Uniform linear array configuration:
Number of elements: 8
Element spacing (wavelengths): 0.75
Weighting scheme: binomial
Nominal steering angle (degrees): -60
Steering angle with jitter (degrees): -60.651
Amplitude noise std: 0.05
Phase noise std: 0.05

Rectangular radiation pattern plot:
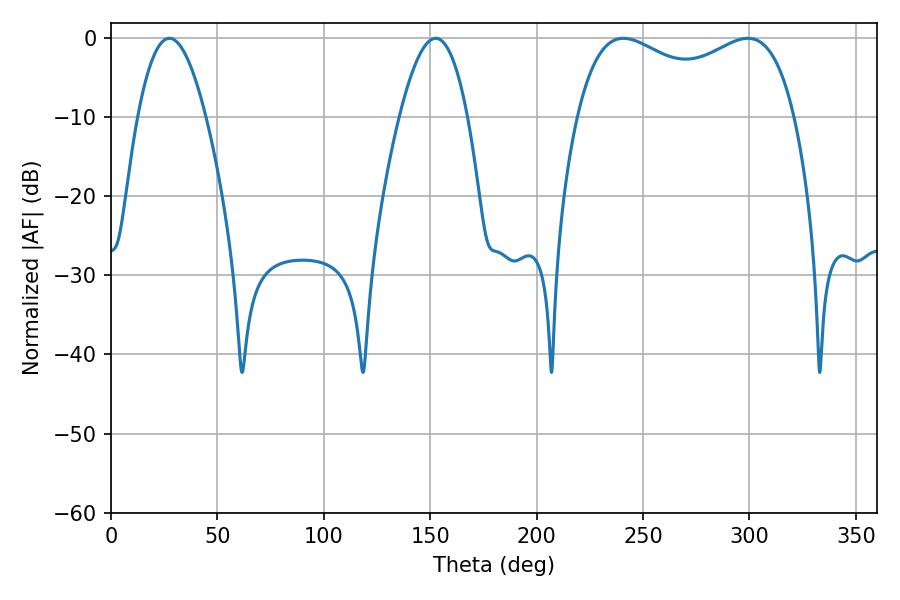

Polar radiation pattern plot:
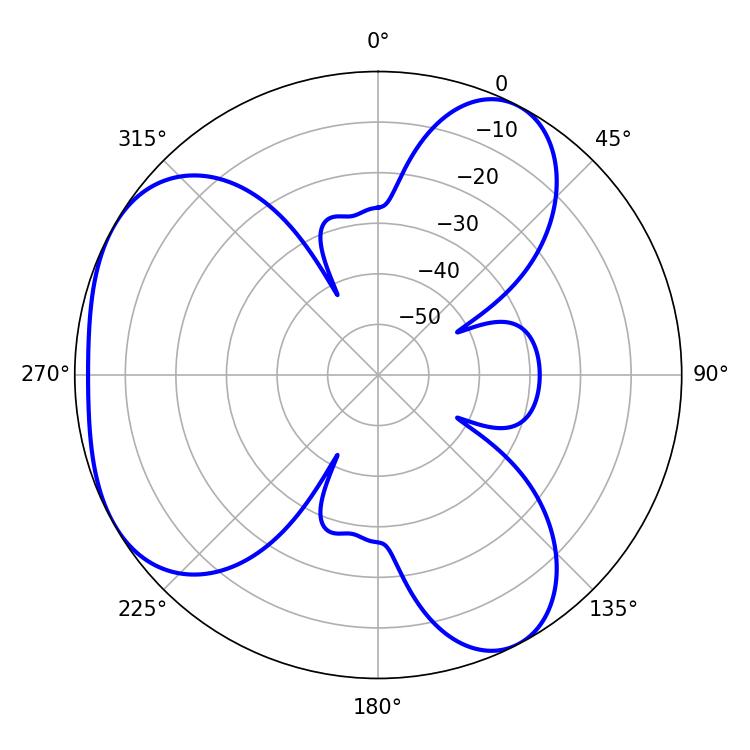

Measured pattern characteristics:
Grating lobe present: TRUE
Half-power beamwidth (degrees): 84.96
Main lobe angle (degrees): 240.84